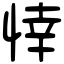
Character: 悻